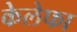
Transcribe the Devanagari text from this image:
केलेफा